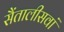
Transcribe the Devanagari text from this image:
सैंतालीसवां